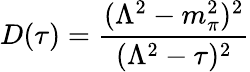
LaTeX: D(\tau)=\frac{(\Lambda^{2}-m_{\pi}^{2})^{2}}{(\Lambda^{2}-\tau)^{2}}